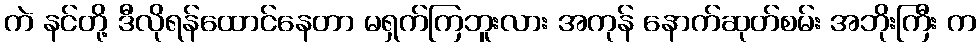
ကဲ နင်တို့ ဒီလိုရန်ထောင်နေတာ မရှက်ကြဘူးလား အကုန် နောက်ဆုတ်စမ်း အဘိုးကြီး က